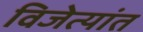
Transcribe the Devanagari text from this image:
विजेत्यांत